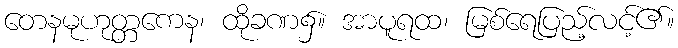
တေနမုဟုတ္တကေန၊ ထိုခဏ၌။ အာပူရထ၊ မြစ်ရေပြည့်လင့်၏။